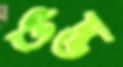
উদ্ভ